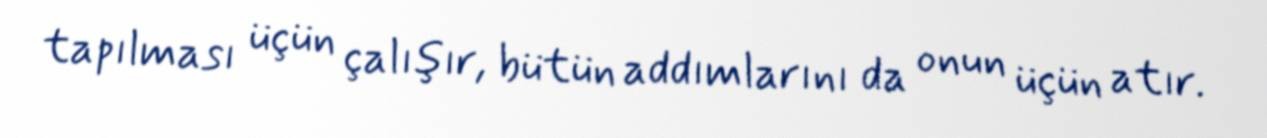
tapılması üçün çalışır, bütün addımlarını da onun üçün atır.